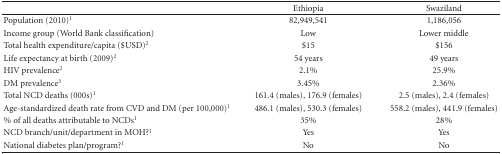
<table><thead><tr><td><b> </b></td><td><b>Ethiopia</b></td><td><b>Swaziland</b></td></tr></thead><tbody><tr><td>Population (2010)<sup>1</sup></td><td>82,949,541</td><td>1,186,056</td></tr><tr><td>Income group (World Bank classification)</td><td>Low</td><td>Lower middle</td></tr><tr><td>Total health expenditure/capita ($USD)<sup>2</sup></td><td>$15</td><td>$156</td></tr><tr><td>Life expectancy at birth (2009)<sup>2</sup></td><td>54 years</td><td>49 years</td></tr><tr><td>HIV prevalence<sup>2</sup></td><td>2.1%</td><td>25.9%</td></tr><tr><td>DM prevalence<sup>3</sup></td><td>3.45%</td><td>2.36%</td></tr><tr><td>Total NCD deaths (000s)<sup>1</sup></td><td>161.4 (males), 176.9 (females)</td><td>2.5 (males), 2.4 (females)</td></tr><tr><td>Age-standardized death rate from CVD and DM (per 100,000)<sup>1</sup></td><td>486.1 (males), 530.3 (females)</td><td>558.2 (males), 441.9 (females) </td></tr><tr><td>% of all deaths attributable to NCDs<sup>1</sup></td><td>35%</td><td>28%</td></tr><tr><td>NCD branch/unit/department in MOH?<sup>1</sup></td><td>Yes</td><td>Yes</td></tr><tr><td>National diabetes plan/program?<sup>1</sup></td><td>No</td><td>No</td></tr></tbody></table>